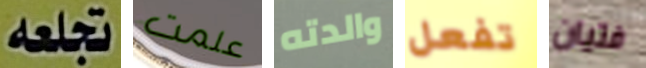
تجعله علمت والدته تفعل فتيان